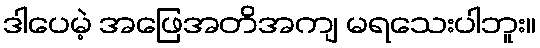
ဒါပေမဲ့ အဖြေအတိအကျ မရသေးပါဘူး။